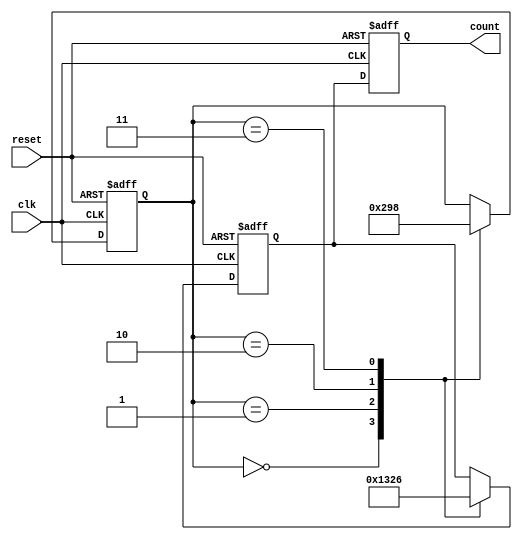
module gray_counter (
    input wire clk,
    input wire reset,
    output reg [3:0] count
);

reg [2:0] next_state;
reg [3:0] gray_code;

always @(posedge clk or posedge reset) begin
    if (reset) begin
        next_state <= 3'd0;
        gray_code <= 4'b0;
    end
    else begin
        case (next_state)
            3'd0: begin
                gray_code <= 4'b0001;
                next_state <= 3'd1;
            end

            3'd1: begin
                gray_code <= 4'b0011;
                next_state <= 3'd2;
            end

            3'd2: begin
                gray_code <= 4'b0010;
                next_state <= 3'd3;
            end

            3'd3: begin
                gray_code <= 4'b0110;
                next_state <= 3'd0;
            end
        endcase
    end
end

always @(posedge clk or posedge reset) begin
    if (reset) begin
        count <= 4'b0;
    end
    else begin
        count <= gray_code;
    end
end

endmodule